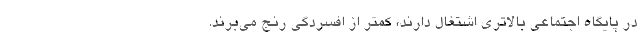
در پایگاه اجتماعی بالاتری اشتغال دارند، کمتر از افسردگی رنج می‌برند.